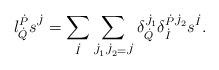
LaTeX: \begin{align*}l^{\dot{P}}_{\dot{Q}} s^{\dot{J}} = \sum_{\dot{I}} \sum_{\dot{J}_1 \dot{J}_2 = \dot{J}} \delta^{\dot{J}_1}_{\dot{Q}} \delta^{\dot{P} \dot{J}_2}_{\dot{I}} s^{\dot{I}}.\end{align*}